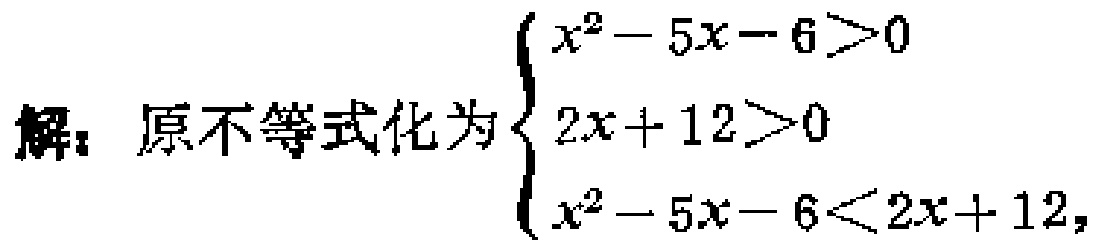
解：原不等式化为$\begin{cases}
x^{2}-5x - 6>0 \\
2x + 12>0 \\
x^{2}-5x - 6<2x + 12
\end{cases}$